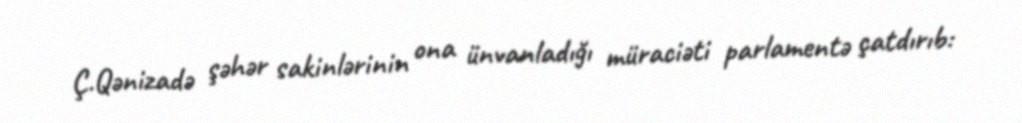
Ç.Qənizadə şəhər sakinlərinin ona ünvanladığı müraciəti parlamentə çatdırıb: